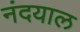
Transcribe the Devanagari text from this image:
नंदयाल